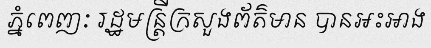
ភ្នំពេញៈ រដ្ឋមន្ត្រីក្រសួងព័ត៌មាន បានអះអាង